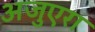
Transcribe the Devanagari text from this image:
अजुएरा